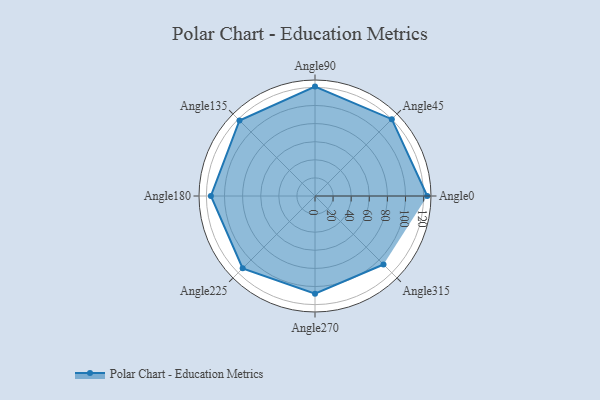
{"axis": {"x": "Angle", "y": "Radius"}, "legend": [""], "data": [{"x": "Angle0", "y": 124.0, "type": ""}, {"x": "Angle45", "y": 120.0, "type": ""}, {"x": "Angle90", "y": 121.0, "type": ""}, {"x": "Angle135", "y": 118.0, "type": ""}, {"x": "Angle180", "y": 115.0, "type": ""}, {"x": "Angle225", "y": 113.0, "type": ""}, {"x": "Angle270", "y": 108.0, "type": ""}, {"x": "Angle315", "y": 107.0, "type": ""}]}